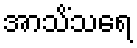
အာသိံသရေ